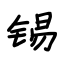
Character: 锡